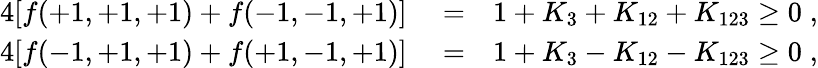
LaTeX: \begin{array}{rlr}{4[f(+1,+1,+1)+f(-1,-1,+1)]}&{{}=}&{1+K_{3}+K_{12}+K_{123}\ge 0\; ,}\\ {4[f(-1,+1,+1)+f(+1,-1,+1)]}&{{}=}&{1+K_{3}-K_{12}-K_{123}\ge 0\; ,}\end{array}